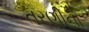
તરણીનો